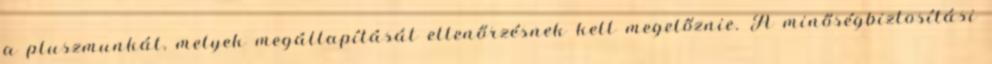
a pluszmunkát, melyek megállapítását ellenőrzésnek kell megelőznie. A minőségbiztosítási